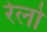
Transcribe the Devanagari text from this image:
रेलो